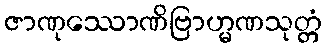
ဇာဏုဿောဏိဗြာဟ္မဏသုတ္တံ